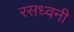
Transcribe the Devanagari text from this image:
रसध्वनी